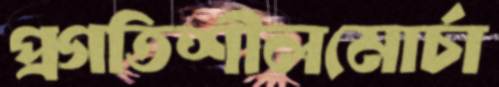
প্রগতিশীলমোর্চা